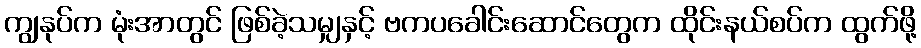
ကျွနုပ်က မုံးအာတွင် ဖြစ်ခဲ့သမျှနှင့် ဗကပခေါင်းဆောင်တွေက ထိုင်းနယ်စပ်က ထွက်ဖို့